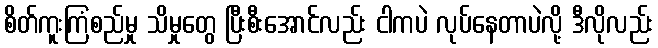
စိတ်ကူးကြံစည်မှု သိမှုတွေ ပြီးစီးအောင်လည်း ငါကပဲ လုပ်နေတာပဲလို့ ဒီလိုလည်း